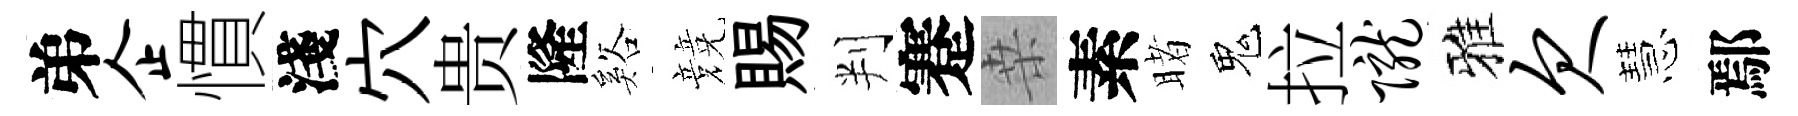
弟企慣淺穴贵隆谿競賜判蹇桒素睹鬼拉陇雅欠慧鄢